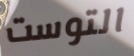
التوست